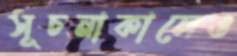
সূচনাকালেও